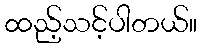
ထည့်သင့်ပါတယ်။